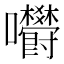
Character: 𡆋